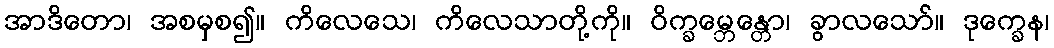
အာဒိတော၊ အစမှစ၍။ ကိလေသေ၊ ကိလေသာတို့ကို။ ဝိက္ခမ္ဘေန္တော၊ ခွာလသော်။ ဒုက္ခေန၊